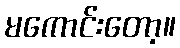
မကောင်းတော့။